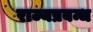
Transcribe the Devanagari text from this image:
राज्यप्रबन्ध